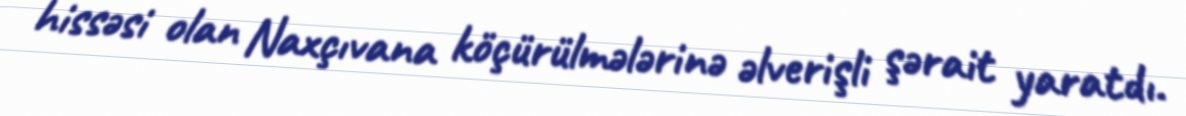
hissəsi olan Naxçıvana köçürülmələrinə əlverişli şərait yaratdı.